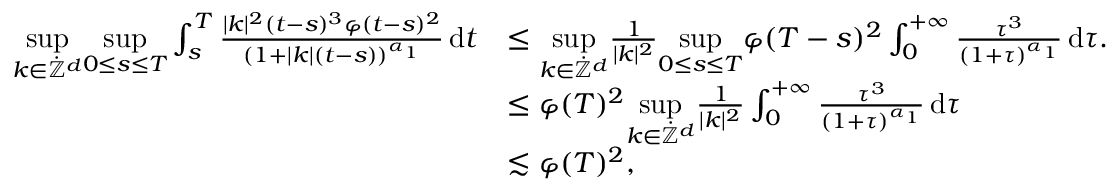
\begin{array} { r l } { \underset { k \in \dot { \mathbb Z } ^ { d } } { \operatorname* { s u p } } \underset { 0 \leq s \leq T } { \operatorname* { s u p } } \int _ { s } ^ { T } \frac { \vert k \vert ^ { 2 } ( t - s ) ^ { 3 } \varphi ( t - s ) ^ { 2 } } { ( 1 + \vert k \vert ( t - s ) ) ^ { \alpha _ { 1 } } } \, \mathrm { d } t } & { \leq \underset { k \in \dot { \mathbb Z } ^ { d } } { \operatorname* { s u p } } \frac { 1 } { \vert k \vert ^ { 2 } } \underset { 0 \leq s \leq T } { \operatorname* { s u p } } \varphi ( T - s ) ^ { 2 } \int _ { 0 } ^ { + \infty } \frac { \tau ^ { 3 } } { ( 1 + \tau ) ^ { \alpha _ { 1 } } } \, \mathrm { d } \tau . } \\ & { \leq \varphi ( T ) ^ { 2 } \underset { k \in \dot { \mathbb Z } ^ { d } } { \operatorname* { s u p } } \frac { 1 } { \vert k \vert ^ { 2 } } \int _ { 0 } ^ { + \infty } \frac { \tau ^ { 3 } } { ( 1 + \tau ) ^ { \alpha _ { 1 } } } \, \mathrm { d } \tau } \\ & { \lesssim \varphi ( T ) ^ { 2 } , } \end{array}